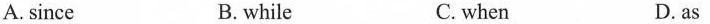
A. since B.while C. when D. as